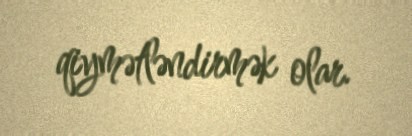
qiymətləndirmək olar.